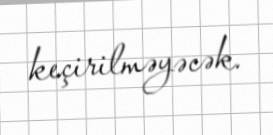
keçirilməyəcək.